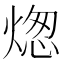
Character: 㷓